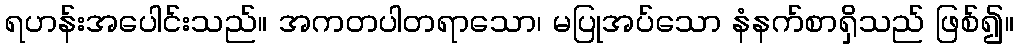
ရဟန်းအပေါင်းသည်။ အကတပါတရာသော၊ မပြုအပ်သော နံနက်စာရှိသည် ဖြစ်၍။